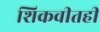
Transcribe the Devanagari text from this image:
शिकवीतही